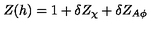
Z ( h ) = 1 + \delta Z _ { \chi } + \delta Z _ { A \phi }